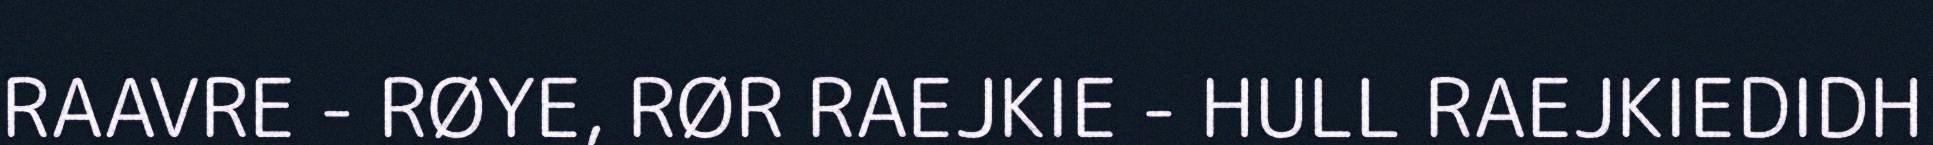
RAAVRE - RØYE, RØR RAEJKIE - HULL RAEJKIEDIDH